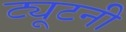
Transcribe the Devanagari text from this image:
ट्यूटनी